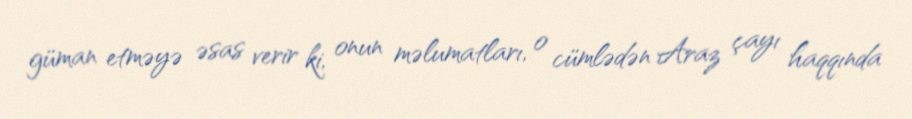
güman etməyə əsas verir ki, onun məlumatları, o cümlədən Araz çayı haqqında